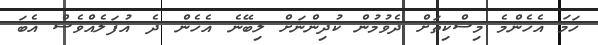
ހަމަ އެހެންމެ މިސްކިތަށް ދެވުމުން ކުދިންނަށް ލިބޭނެ އެހެން ދެ އުފަލެއްވެސް އެބަ